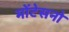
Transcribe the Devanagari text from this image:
मोंटेसनो